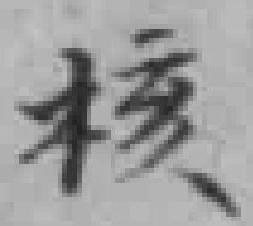
核